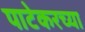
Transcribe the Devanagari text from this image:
पाटेकरच्या